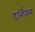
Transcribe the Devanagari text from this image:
दर्शितम्